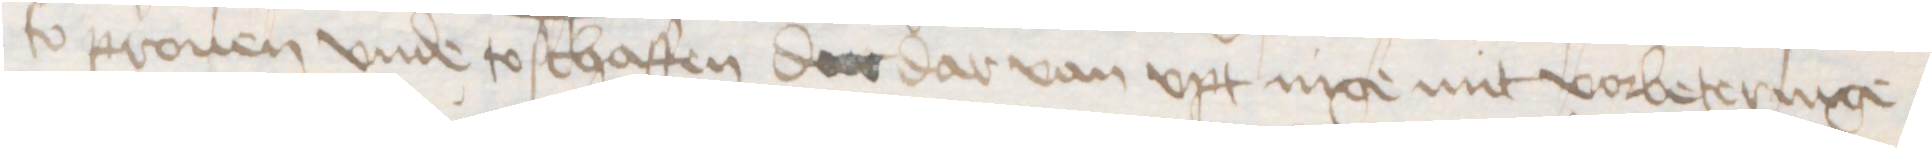
so prouen vnde to schaffen der dar van vpt nige mit vorbeteringe